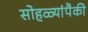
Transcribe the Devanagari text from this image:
सोहळ्यांपैकी